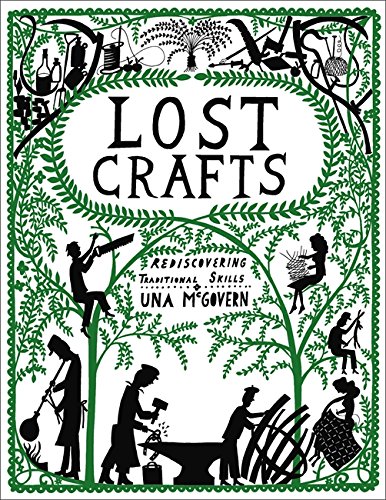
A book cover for Lost Crafts; Una McGovern; Crafts, Hobbies & Home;